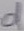
Text: d